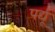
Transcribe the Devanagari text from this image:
पर्द्यू